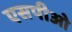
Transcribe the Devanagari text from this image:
एसपीओ